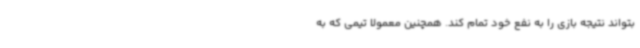
بتواند نتیجه بازی را به نفع خود تمام کند. همچنین معمولا تیمی که به